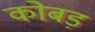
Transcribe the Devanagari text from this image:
कोबड़